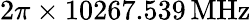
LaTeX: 2\pi\times 10267.539\, \mathrm{MHz}